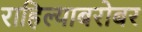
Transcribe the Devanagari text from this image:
राहिल्याबरोबर